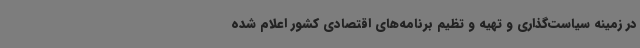
در زمینه سیاست‌گذاری و تهیه و تظیم برنامه‌های اقتصادی کشور اعلام شده